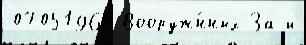
07051965 Вооруж́нных За и